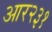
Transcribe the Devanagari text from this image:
आर२३१